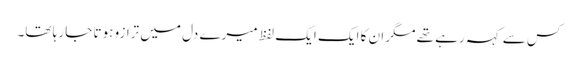
کس سے کہہ رہے تھے مگر ان کا ایک ایک لفظ میرے دل میں ترازو ہوتا جا رہا تھا۔